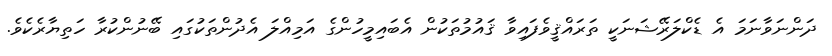
ދަންނަވާނަމަ އެ ޑެކްލަރޭޝަނަކީ ތަރައްޤީވެފައިވާ ޤައުމުތަކުން އެބައިމީހުންގެ އަމިއްލަ އެދުންތަކުގައި ބޭނުންކުރާ ހަތިޔާރެކެވެ.